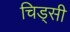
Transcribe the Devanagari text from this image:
चिड्सी